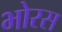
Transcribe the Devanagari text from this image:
भोरस